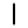
Digit: 1